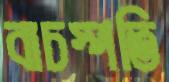
বাচস্পতি